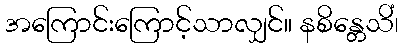
အကြောင်းကြောင့်သာလျှင်။ နစိန္တေသိံ၊